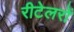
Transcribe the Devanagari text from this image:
रीटेलरों